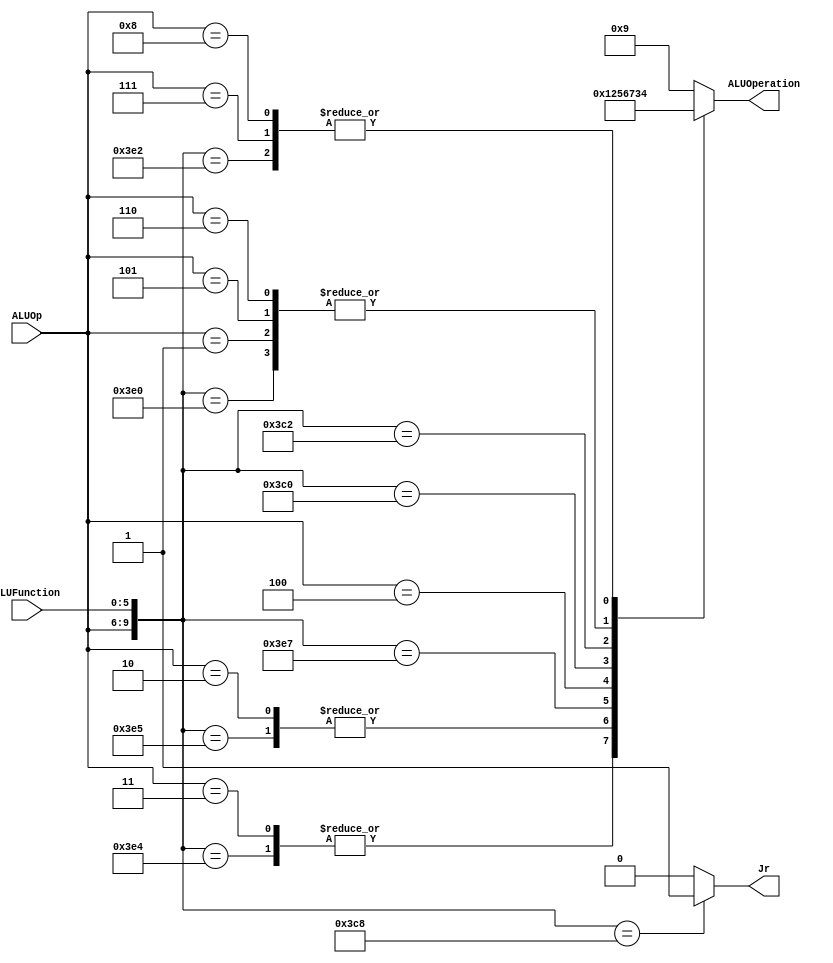
/******************************************************************
* Description
*	This is the control unit for the ALU. It receves an signal called 
*	ALUOp from the control unit and a signal called ALUFunction from
*	the intrctuion field named function.
* Version:
*	1.0
* Author:
*	Dr. Jos Luis Pizano Escalante
* email:
*	luispizano@iteso.mx
* Date:
*	01/03/2014
******************************************************************/
module ALUControl
(
	input [3:0] ALUOp,			// Viene asignado de ALUControl
	input [5:0] ALUFunction,	// Viene directo de la ROM
	output reg Jr,	//Porqu de tipo Reg?
	output [3:0] ALUOperation

);
//

							  // 10'ALUOp_FUNCT;   tipo I y J no tiene FUNCT 
localparam R_Type_AND    = 10'b1111_100100;
localparam R_Type_OR     = 10'b1111_100101;
localparam R_Type_NOR    = 10'b1111_100111;
localparam R_Type_ADD    = 10'b1111_100000;
localparam R_Type_SUB	 = 10'b1111_100010; // Funct = 22H aqu correg el Funct porque en simulacin salia mal la resta  la ALU sacaba el valor 0 (por default)
localparam R_Type_SLL	 = 10'b1111_000000; // Funct = 00H
localparam R_Type_SRL	 = 10'b1111_000010; // Funct = 02H
localparam R_Type_JR		 = 10'b1111_001000; // JR Funct = 08H

localparam I_Type_ADDI   = 10'b0001_xxxxxx;
localparam I_Type_ORI    = 10'b0010_xxxxxx;
localparam I_Type_ANDI	 = 10'b0011_xxxxxx; // AluOp = 110
localparam I_Type_LUI    = 10'b0100_xxxxxx; // los primeros 4 bits deben coincidir con el ALUOp de Control.v

localparam I_Type_SW		 = 10'b0101_xxxxxx;
localparam I_Type_LW		 = 10'b0110_xxxxxx;

localparam I_Type_BEQ	 = 10'b0111_xxxxxx; // ALUOp = 7
localparam I_Type_BNE	 = 10'b1000_xxxxxx; // ALUOp = 8

//localparam J_Type_JUMP	 = 10'b1001_xxxxxx; // ALUOp = 9
//localparam J_Type_JAL		 = 10'b1010_xxxxxx; // ALUOp = 10


reg [3:0] ALUControlValues;
wire [9:0] Selector;

assign Selector = {ALUOp, ALUFunction};

always@(Selector)begin
	casex(Selector)
		R_Type_AND:    ALUControlValues = 4'b0000;	//# PDF: defin cte. arbitraria para "and" hacia ALU.v
		I_Type_ANDI:	ALUControlValues = 4'b0000;
		R_Type_OR: 		ALUControlValues = 4'b0001;	//# "	"
		I_Type_ORI:		ALUControlValues = 4'b0001;
		R_Type_NOR:		ALUControlValues = 4'b0010;	//# "	"
		R_Type_ADD:		ALUControlValues = 4'b0011;	//
		I_Type_ADDI:	ALUControlValues = 4'b0011;
		R_Type_SUB:		ALUControlValues = 4'b0100;
		I_Type_LUI: 	ALUControlValues = 4'b0101;	// defin cte. arbitraria para "lui" hacia ALU.v
		R_Type_SLL:		ALUControlValues = 4'b0110;	// defin cte. 6d
		R_Type_SRL:		ALUControlValues = 4'b0111;	// defin cte. 7d
		
		I_Type_SW:		ALUControlValues = 4'b0011;// Sw pone a sumar ALU
		I_Type_LW:		ALUControlValues = 4'b0011;// Lw	pone a sumar ALU
		
		I_Type_BEQ:		ALUControlValues = 4'b0100;// Beq pone a restar ALU para poder compararlos
		I_Type_BNE:		ALUControlValues = 4'b0100;// Bne pone a restar ALU para poder compararlos
		
		default: ALUControlValues = 4'b1001;
	endcase
	Jr = (Selector==R_Type_JR)? 1'b1 : 1'b0;	// Bandera para selector de Mux
end														// Es igual a 1 slo en instruccin JR
//

assign ALUOperation = ALUControlValues;

endmodule
//alucontrol